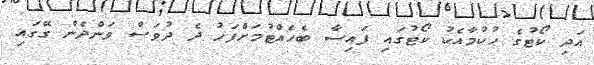
އަދި ކޯޓުގެ ޙުކުމާއެކު ކޯޓުގައި ފައިސާ ބެހެއްޓުމަށްފަހު ދެ ދުވަސް ވަންދެން ގޭގައި